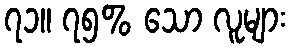
၇၁။ ၇၅% သော လူများ